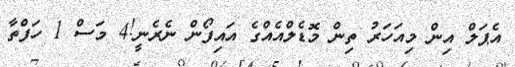
އެޕަލް އިން މިއަހަރު ތިން މޮޑެލްއެއްގެ އައިފޯން ނެރެނީ!4 މަސް 1 ހަފްތާ